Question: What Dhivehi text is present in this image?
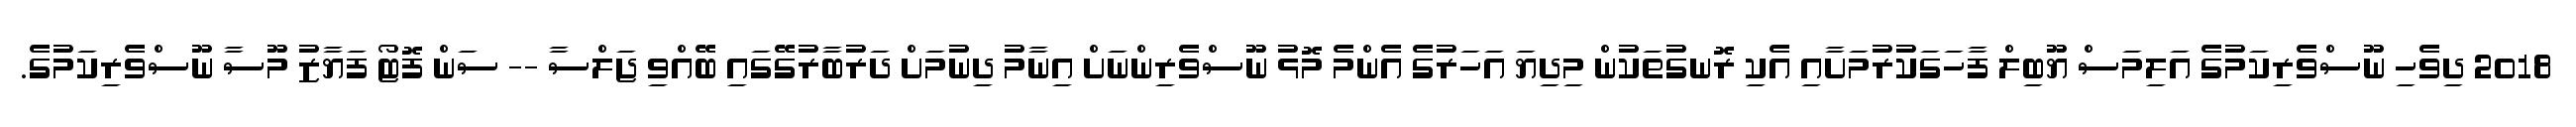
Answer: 2018 ދިވެހި ނޫސްވެރިކަމުގެ އަލިމަސް ޔޫބިލް ފާހަގަކުރުމަށާއި އެކި ރޮނގުތަކުން މިދިޔަ އަހަރުގެ އެންމެ މޮޅު ނޫސްވެރިންނަށް އިނާމު ދިނުމަށް ދަރުބާރުގޭގައި ބޭއްވި ޖަލްސާ -- ސަން ފޮޓޯ ފަޔާޒު މޫސާ ނޫސްވެރިކަމުގެ.